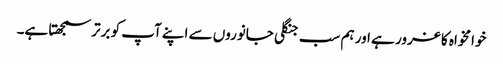
خوامخواہ کا غرور ہے اور ہم سب جنگلی جانوروں سے اپنے آپ کو برتر سمجھتا ہے۔